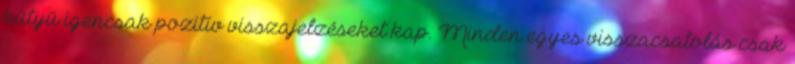
kütyü igencsak pozitív visszajelzéseket kap. Minden egyes visszacsatolás csak